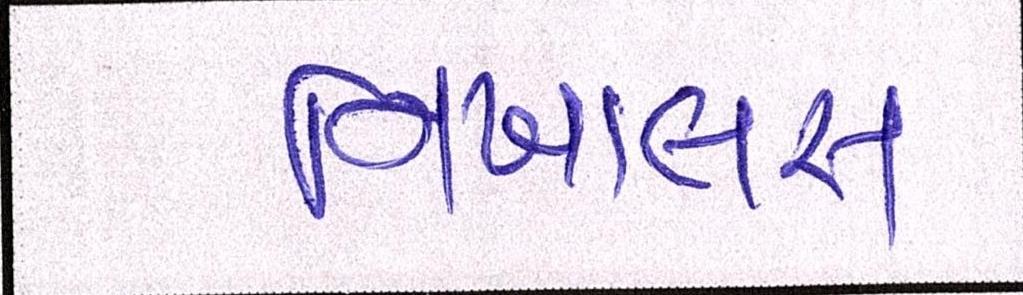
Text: નિખાલસ